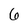
Character: 6